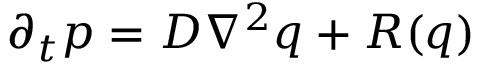
\partial _ { t } p = D \nabla ^ { 2 } q + R ( q )